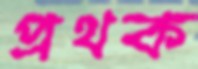
প্রথক